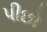
પીછો